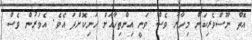
އޮތް ނޫސްވެރިކަން މިހާރު ވެސް ވަނީ އިންތިހާއަށް ހަނިކޮށްފަ އެވެ. އެވަރުން ވެސް